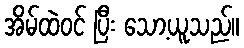
အိမ်ထဲဝင် ပြီး သော့ယူသည်။